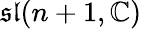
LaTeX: {\mathfrak{sl}}(n+1,\mathbb{C})